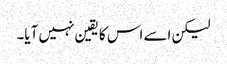
لیکن اسے اس کا یقین نہیں آیا۔